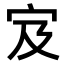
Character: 𫲼